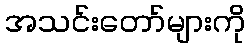
အသင်းတော်များကို